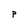
Character: p